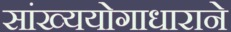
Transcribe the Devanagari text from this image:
सांख्ययोगाधाराने